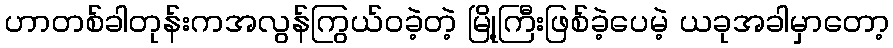
ဟာတစ်ခါတုန်းကအလွန်ကြွယ်ဝခဲ့တဲ့ မြို့ကြီးဖြစ်ခဲ့ပေမဲ့ ယခုအခါမှာတော့